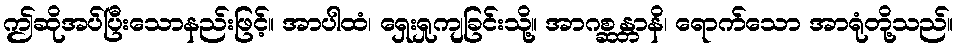
ဤဆိုအပ်ပြီးသောနည်းဖြင့်။ အာပါထံ၊ ရှေးရှုကျခြင်းသို့။ အာဂစ္ဆန္တာနိ၊ ရောက်သော အာရုံတို့သည်။